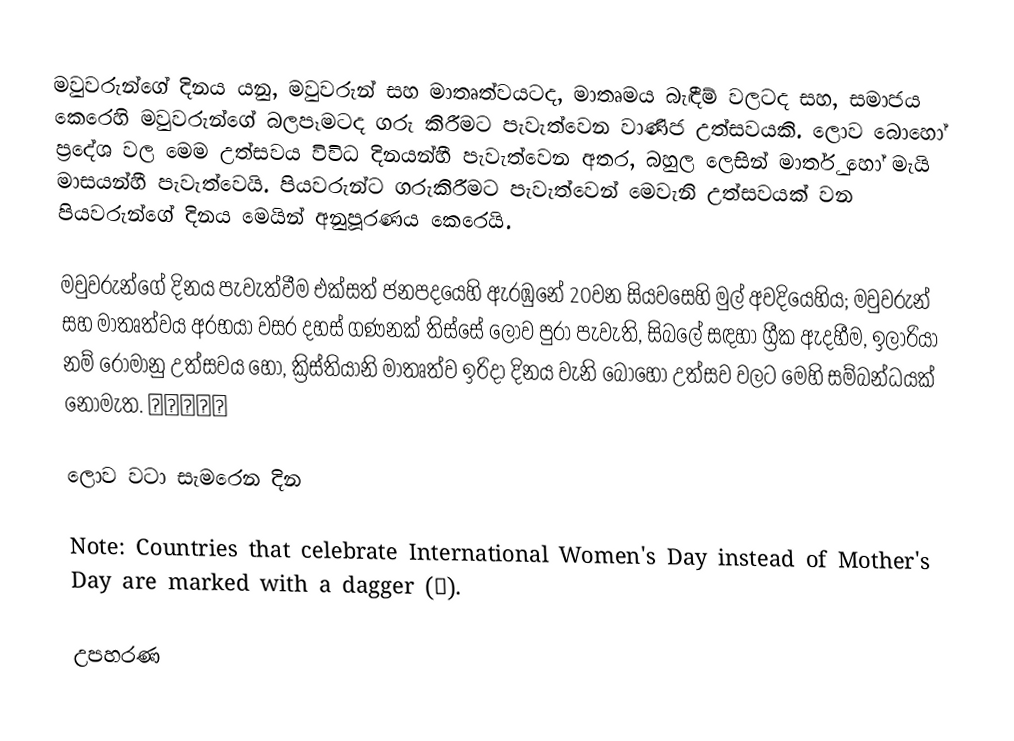
මවුවරුන්ගේ දිනය යනු,  මවුවරුන් සහ මාතෘත්වයටද, මාතෘමය බැඳීම් වලටද සහ, සමාජය කෙරෙහි මවුවරුන්ගේ  බලපෑමටද ගරු කිරීමට පැවැත්වෙන වාණිජ උත්සවයකි. ලොව බොහෝ ප්‍රදේශ වල මෙම උත්සවය විවිධ දිනයන්හී පැවැත්වෙන අතර, බහුල ලෙසින් මාර්තු හෝ මැයි මාසයන්හී පැවැත්වෙයි. පියවරුන්ට ගරුකිරීමට පැවැත්වෙන් මෙවැනි උත්සවයක් වන පියවරුන්ගේ දිනය මෙයින් අනුපූරණය කෙරෙයි.

මවුවරුන්ගේ දිනය පැවැත්වීම එක්සත් ජනපදයෙහි ඇරඹුනේ 20වන සියවසෙහි මුල් අවදියෙහිය; මවුවරුන් සහ මාතෘත්වය අරභයා වසර දහස් ගණනක් තිස්සේ ලොව පුරා පැවැති, සිබලේ සඳහා ග්‍රීක ඇදහීම, ඉලාරියා නම් රෝමානු උත්සවය හෝ, ක්‍රිස්තියානි  මාතෘත්ව ඉරිදා දිනය වැනි බොහෝ උත්සව වලට මෙහි සම්බන්ධයක් නොමැත. 👨‍🍼👩‍👦‍👦

ලොව වටා සැමරෙන දින

Note: Countries that celebrate International Women's Day instead of Mother's Day are marked with a dagger (†).

උපහරණ